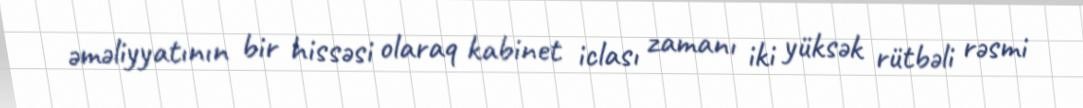
əməliyyatının bir hissəsi olaraq kabinet iclası zamanı iki yüksək rütbəli rəsmi